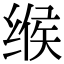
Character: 缑